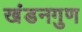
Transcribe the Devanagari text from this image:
खंडनगुण